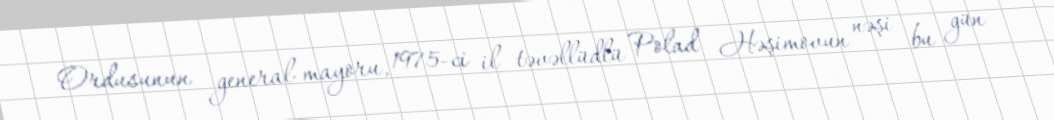
Ordusunun general-mayoru, 1975-ci il təvəllüdlü Polad Həşimovun nəşi bu gün